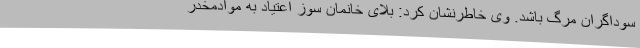
سوداگران مرگ باشد. وی خاطرنشان کرد: بلای خانمان سوز اعتیاد به موادمخدر